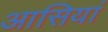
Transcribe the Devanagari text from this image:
आसियां